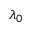
\lambda _ { 0 }